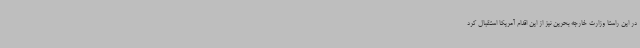
در این راستا وزارت خارجه بحرین نیز از این اقدام آمریکا استقبال کرد